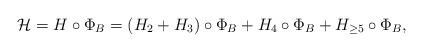
LaTeX: \begin{align*}\mathcal{H}=H\circ \Phi_B=(H_2+H_3)\circ \Phi_B+H_4\circ \Phi_B+H_{\geq 5}\circ \Phi_B,\end{align*}